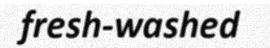
fresh-washed